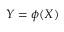
Y = \phi ( X )